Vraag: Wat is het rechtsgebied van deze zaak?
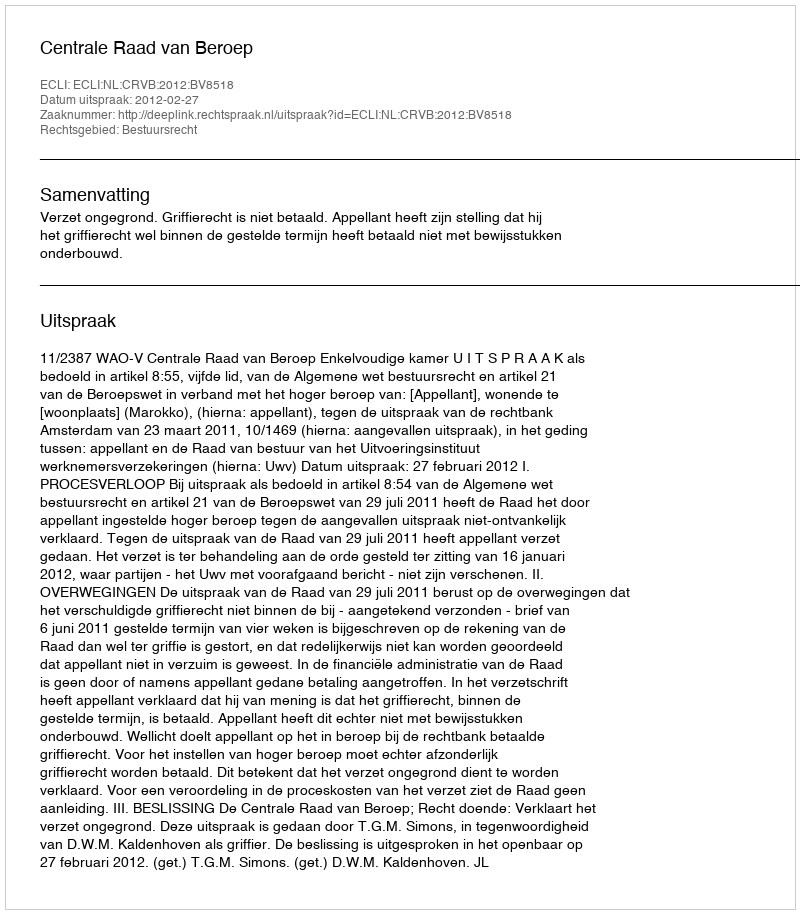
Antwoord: Bestuursrecht